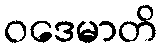
ဝဒေမာတိ